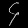
Digit: ၄